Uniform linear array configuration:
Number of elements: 64
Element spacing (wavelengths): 0.25
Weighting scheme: kaiser
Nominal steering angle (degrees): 30
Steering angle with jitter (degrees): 30.598
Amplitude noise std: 0.05
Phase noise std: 0.05

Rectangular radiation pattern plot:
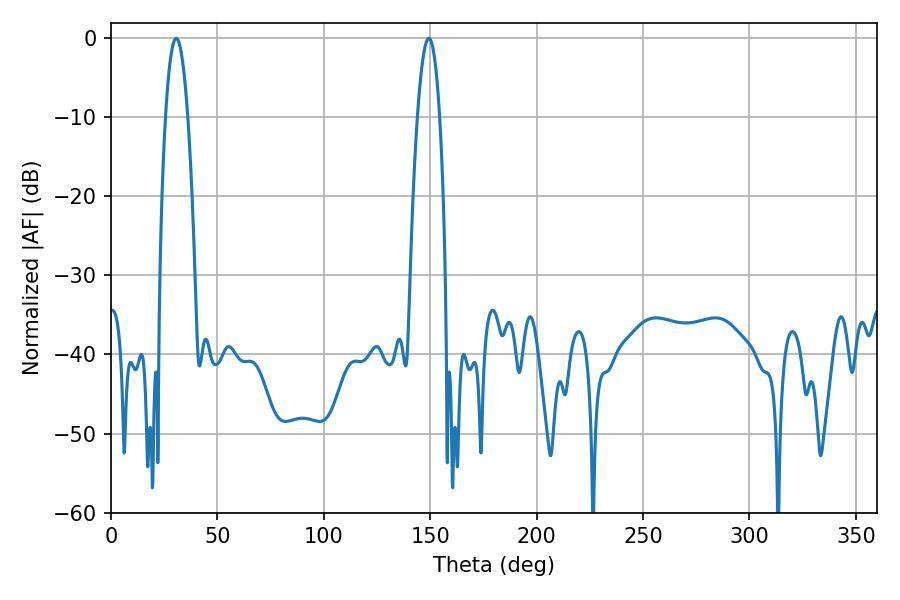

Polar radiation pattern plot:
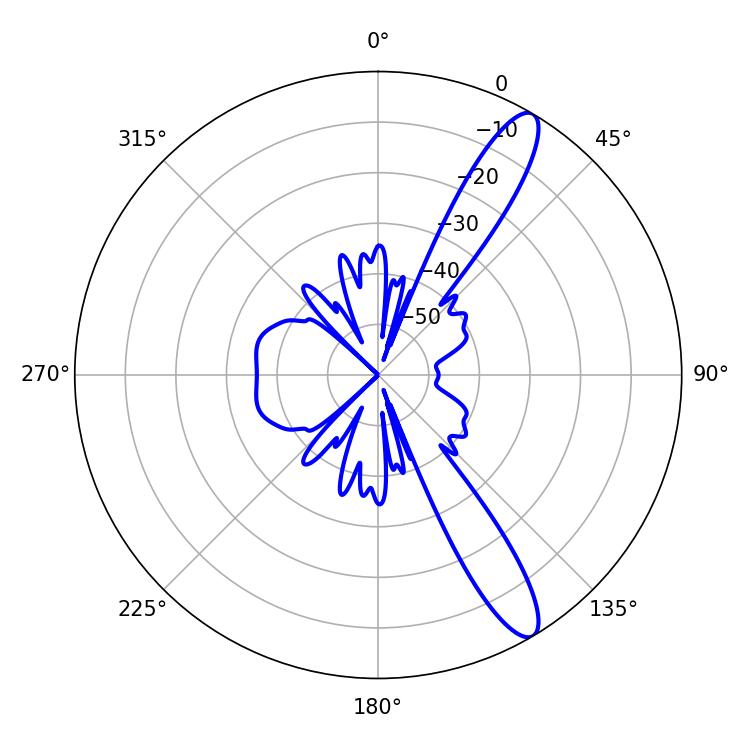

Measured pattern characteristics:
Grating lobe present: FALSE
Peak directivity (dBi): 12.568
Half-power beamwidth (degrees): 5.76
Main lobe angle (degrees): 30.6